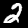
Label: 2